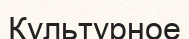
Культурное